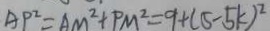
A P ^ { 2 } = A M ^ { 2 } + P M ^ { 2 } = 9 + ( 5 - 5 k ) ^ { 2 }